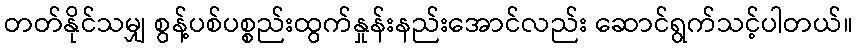
တတ်နိုင်သမျှ စွန့်ပစ်ပစ္စည်းထွက်နှုန်းနည်းအောင်လည်း ဆောင်ရွက်သင့်ပါတယ်။